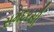
સમદરસી